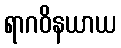
ရာဂဝိနယာယ